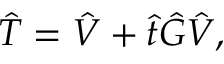
{ \hat { T } } = { \hat { V } } + { \hat { t } } \hat { G } { \hat { V } } ,